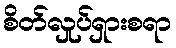
စိတ်လှုပ်ရှားစရာ